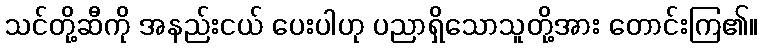
သင်တို့ဆီကို အနည်းငယ် ပေးပါဟု ပညာရှိသောသူတို့အား တောင်းကြ၏။